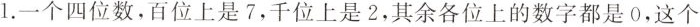
1.一个四位数，百位上是7，千位上是2，其余各位上的数字都是0，这个